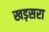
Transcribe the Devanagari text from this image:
खड़सरा